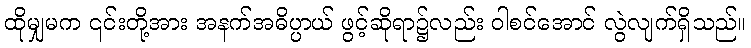
ထိုမျှမက ၎င်းတို့အား အနက်အဓိပ္ပာယ် ဖွင့်ဆိုရာ၌လည်း ဝါစင်အောင် လွဲလျက်ရှိသည်။